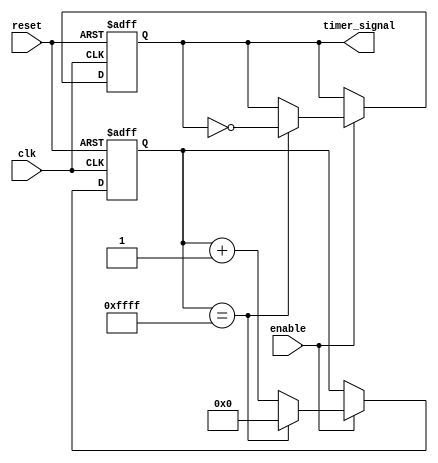
module periodic_timer (
    input wire clk,
    input wire reset,
    input wire enable,
    output reg timer_signal
);

reg [15:0] counter;

always @(posedge clk or posedge reset) begin
    if (reset) begin
        counter <= 16'h0000;
        timer_signal <= 1'b0;
    end else if (enable) begin
        if (counter == 16'hFFFF) begin
            counter <= 16'h0000;
            timer_signal <= ~timer_signal;
        end else begin
            counter <= counter + 1;
        end
    end
end

endmodule